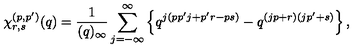
\chi _ { r , s } ^ { ( p , p ^ { \prime } ) } ( q ) = \frac { 1 } { ( q ) _ { \infty } } \sum _ { j = - \infty } ^ { \infty } \left\{ q ^ { j ( p p ^ { \prime } j + p ^ { \prime } r - p s ) } - q ^ { ( j p + r ) ( j p ^ { \prime } + s ) } \right\} ,